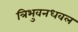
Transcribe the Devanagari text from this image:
त्रिभुवनधवल